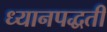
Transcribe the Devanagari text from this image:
ध्यानपद्धती